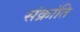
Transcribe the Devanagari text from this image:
संक्रांति